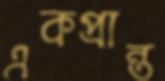
একপ্রান্ত